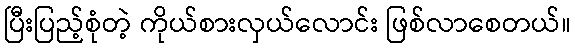
ပြီးပြည့်စုံတဲ့ ကိုယ်စားလှယ်လောင်း ဖြစ်လာစေတယ်။